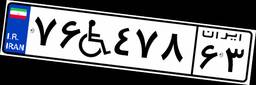
۷۶W۴۷۸۶۳